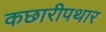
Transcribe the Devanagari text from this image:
कछारीपथार